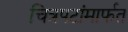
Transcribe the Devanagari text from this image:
चित्रपटांमार्फत